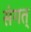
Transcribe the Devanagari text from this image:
संगत्